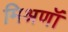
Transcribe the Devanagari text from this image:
मिश्रणॉं